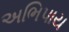
અભિપાય